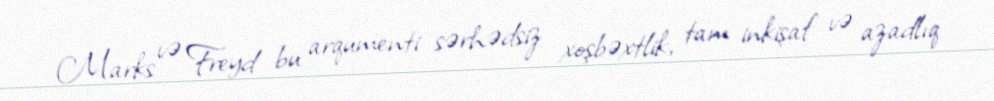
Marks və Freyd bu arqumenti sərhədsiz xoşbəxtlik, tam inkişaf və azadlıq